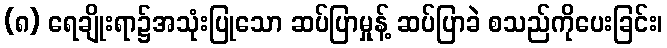
(၈) ရေချိုးရာ၌အသုံးပြုသော ဆပ်ပြာမှုန့် ဆပ်ပြာခဲ စသည်ကိုပေးခြင်း၊